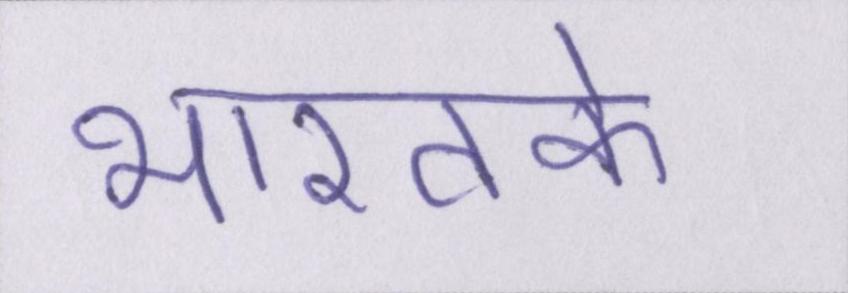
भारतके